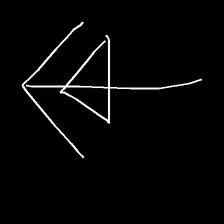
Glyph: pull